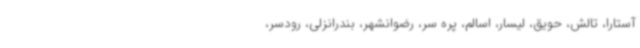
آستارا، تالش، حویق، لیسار، اسالم، پره سر، رضوانشهر، بندرانزلی، رودسر،